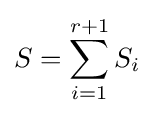
S=\sum _{i=1}^{r+1}S_{i}